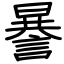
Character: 謈